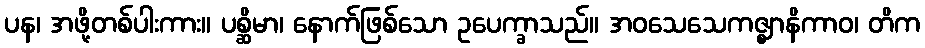
ပန၊ အဖို့တစ်ပါးကား။ ပစ္ဆိမာ၊ နောက်ဖြစ်သော ဥပေက္ခာသည်။ အဝသေသေကဇ္ဈာနိကာဝ၊ တိက